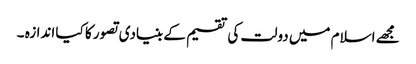
مجھے اسلام میں دولت کی تقسیم کے بنیادی تصور کا کیا اندازہ ۔